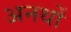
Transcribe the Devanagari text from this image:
अनर्थों